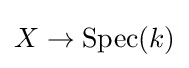
X\to \operatorname {Spec} (k)